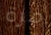
مرة